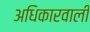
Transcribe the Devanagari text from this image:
अधिकारवाली